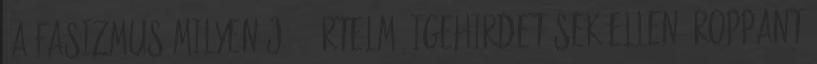
“a fasizmus milyen jó ” értelmű igehirdetések ellen. Roppant